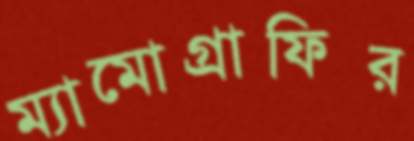
ম্যামোগ্রাফির